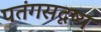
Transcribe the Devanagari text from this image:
पतंगसदृष्य